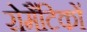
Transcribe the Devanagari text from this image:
रोमैंटिकों